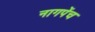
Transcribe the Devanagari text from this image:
नागपेंच